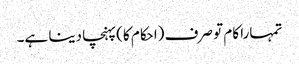
تمہارا کام تو صرف (احکام کا) پہنچا دینا ہے۔